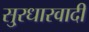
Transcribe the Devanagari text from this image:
सु्रधारवादी